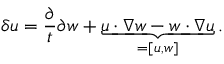
\delta u = \frac { \partial } { t } { \partial w } + \underbrace { u \cdot \nabla w - w \cdot \nabla u } _ { = [ u , w ] } .